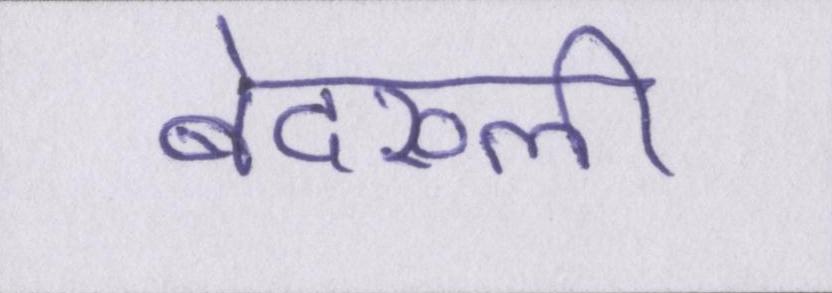
बेदख्ली